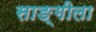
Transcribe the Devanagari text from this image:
साङ्गीला